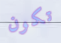
تكون